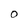
Character: O